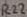
Text: R22